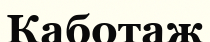
Каботаж